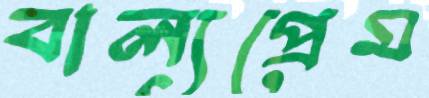
বাল্যপ্রেম